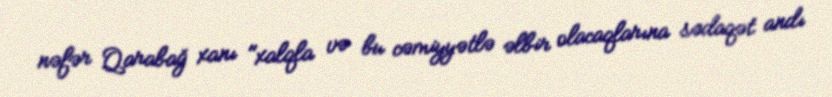
nəfər Qarabağ xanı "xalqla və bu cəmiyyətlə əlbir olacaqlarına sədaqət andı